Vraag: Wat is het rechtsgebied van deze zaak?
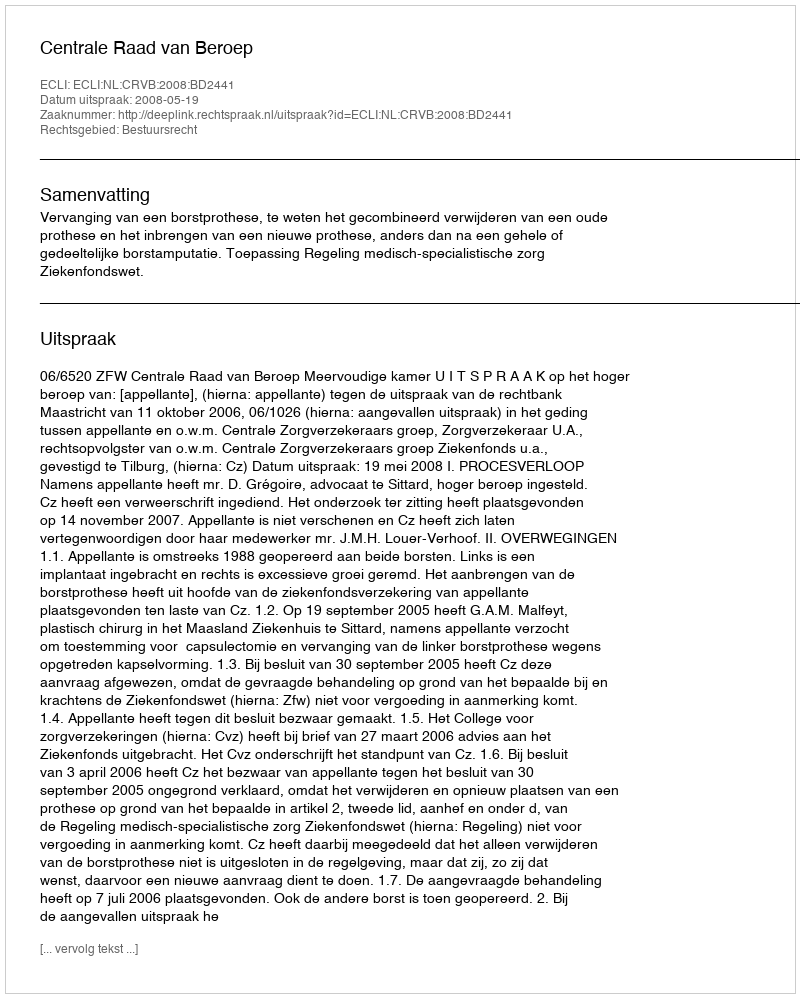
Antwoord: Bestuursrecht